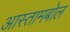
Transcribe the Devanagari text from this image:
आस्तामबोल